Physiological action of certain drugs in tablet form - Number 52A
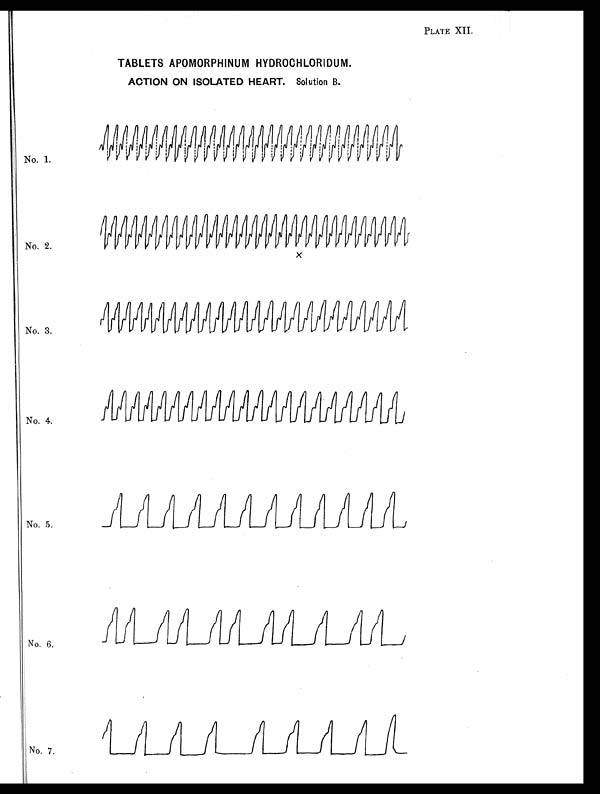
PLATE XII.
TABLETS APOMORPHINUM HYDROCHLORIDUM.
ACTION ON ISOLATED HEART. Solution B.
No. 1.
No. 2.
No. 3.
No. 4.
No. 5.
No. 6.
No. 7.